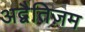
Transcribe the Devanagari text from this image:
अद्वैतिज़म